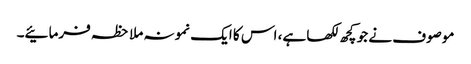
موصوف نے جو کچھ لکھا ہے، اس کا ایک نمونہ ملاحظہ فرمائیے۔